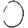
Digit: 0